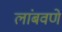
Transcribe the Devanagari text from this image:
लांबवणे